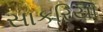
સાકરિયા